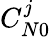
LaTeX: C_{N0}^{j}